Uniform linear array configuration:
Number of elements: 24
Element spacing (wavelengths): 0.75
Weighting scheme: hamming
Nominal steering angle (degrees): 0
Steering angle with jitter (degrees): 0.7953
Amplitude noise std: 0.05
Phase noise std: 0.05

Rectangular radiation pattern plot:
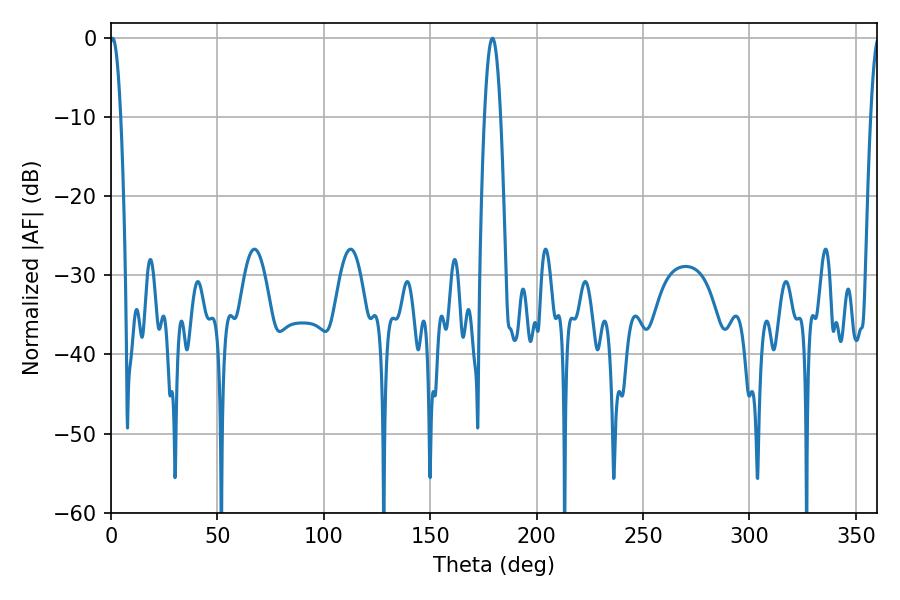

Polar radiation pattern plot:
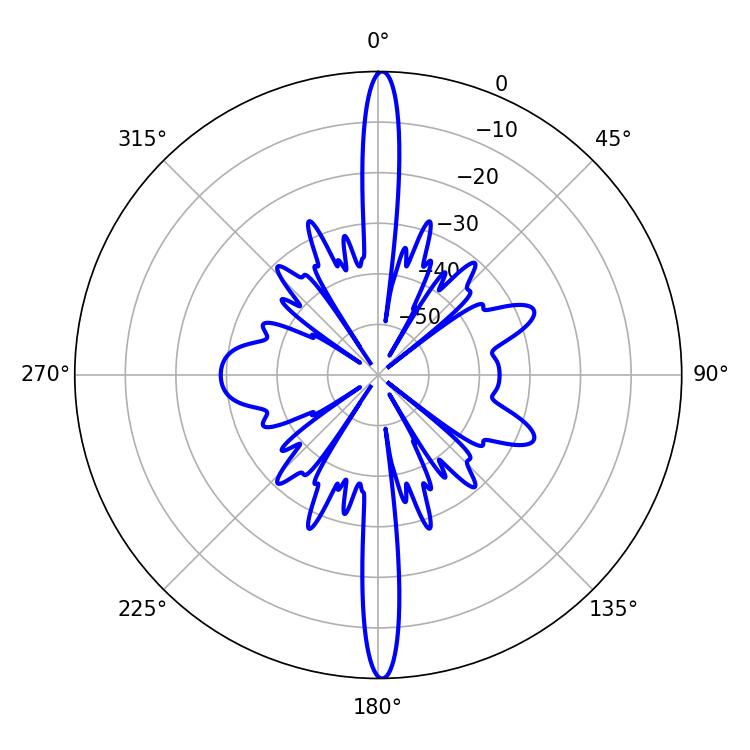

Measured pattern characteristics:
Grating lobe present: TRUE
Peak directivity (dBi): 29.586
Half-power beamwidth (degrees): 2.88
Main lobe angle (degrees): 0.72